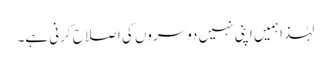
لہٰذا ہمیں اپنی نہیں دوسروں کی اصلاح کرنی ہے۔